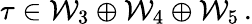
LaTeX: \tau\in{\cal W}_{3}\oplus{\cal W}_{4}\oplus{\cal W}_{5}\, .